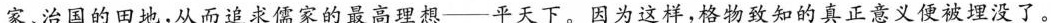
家、治国的田地，从而追求儒家的最高理想——平天下。因为这样，格物致知的真正意义便被埋没了。